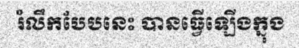
រំលឹកបែបនេះ បានធ្វើឡើងក្នុង